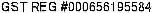
GST REG #000656195584